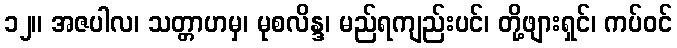
၁၂။ အဇပါလ၊ သတ္တာဟမှ၊ မုစလိန္ဒ၊ မည်ရကျည်းပင်၊ တို့ဖျားရှင်၊ ကပ်ဝင်